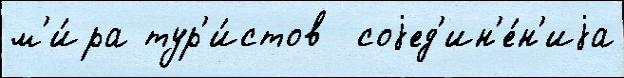
м'и́ра тур'и́стов  соjед'ин'е́н'иjа